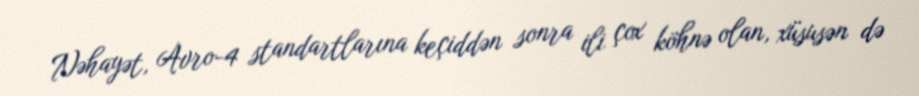
Nəhayət, Avro-4 standartlarına keçiddən sonra ili çox köhnə olan, xüsusən də